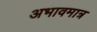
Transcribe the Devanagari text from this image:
अभावमात्र